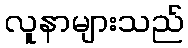
လူနာများသည်